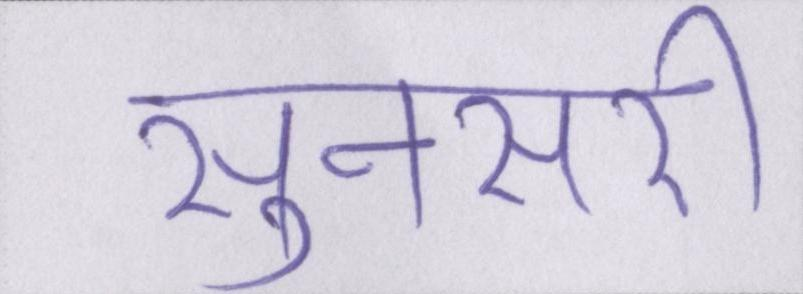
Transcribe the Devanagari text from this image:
सुनसरी